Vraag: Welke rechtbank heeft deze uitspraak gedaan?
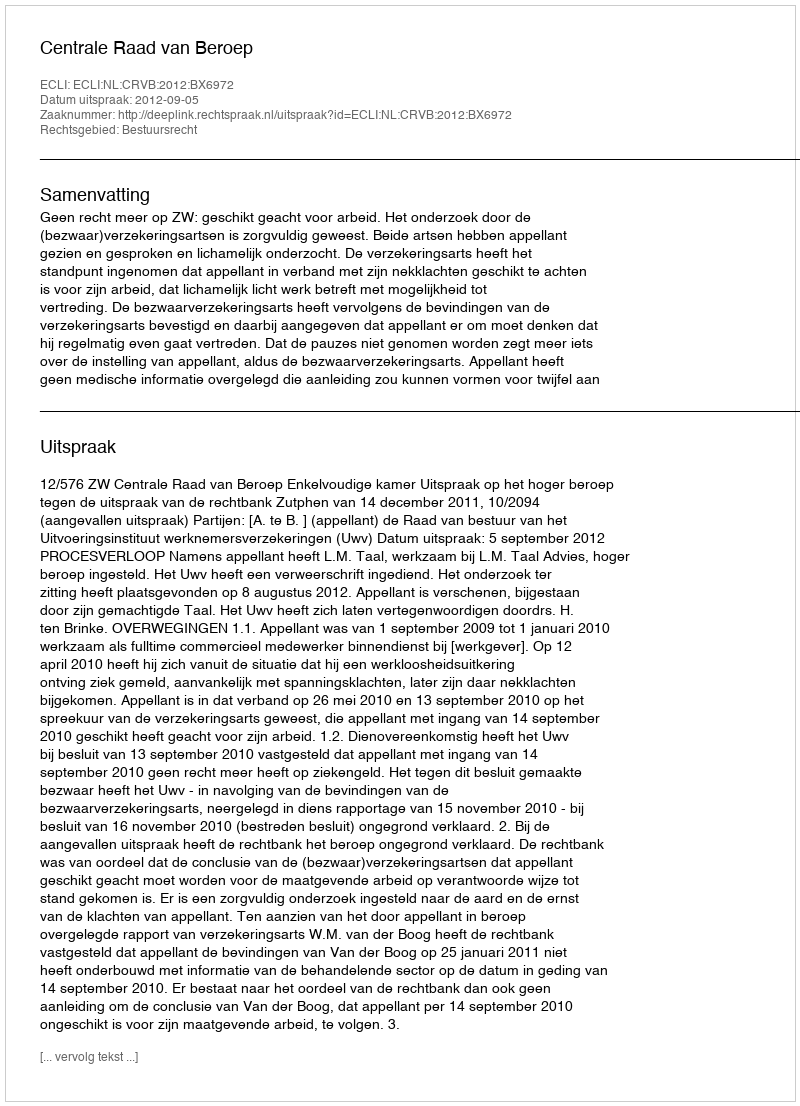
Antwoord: Centrale Raad van Beroep